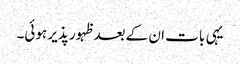
یہی بات ان کے بعد ظہور پذیر ہوئی۔